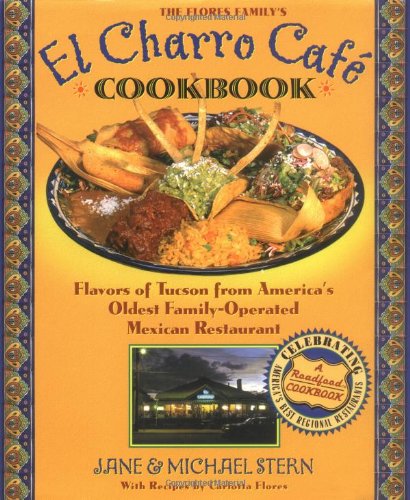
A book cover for The Flore Family's El Charro Cafe Cookbook: Flavors of Tucson from America's Oldest Family-Operated Mexican Restaurant  (Roadfood Cookbook); Jane Stern; Travel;